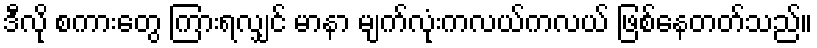
ဒီလို စကားတွေ ကြားရလျှင် မာနာ မျက်လုံးကလယ်ကလယ် ဖြစ်နေတတ်သည်။